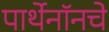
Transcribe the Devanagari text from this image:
पार्थेनॉनचे